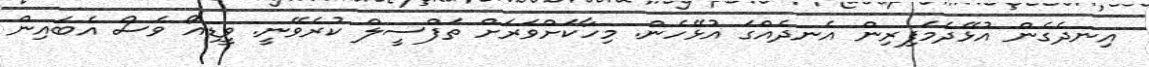
އިނދެގެން އުޅޭދެމަފިރިން އެނދެއްގަ އުޅޭހެން. މިހާކަށްވަރަށް ތަފްސީލް ކުރެވޭނީ. ވީޑިއޯ ވެސް އެބައިން